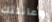
وعائلتك